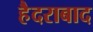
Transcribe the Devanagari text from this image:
हैैदराबाद